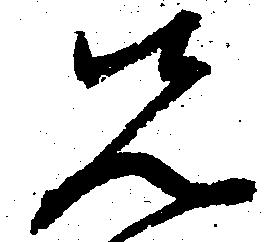
先